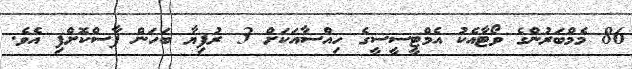
86 މެމްބަރުންގެ ވޯޓާއެކު އެމްޓީސީސީގެ ހިއްސާއަކަށް 3 ރުފިޔާ ބަހަން ފާސްކޮށްފި އެވެ.